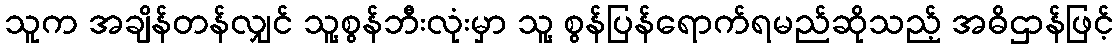
သူက အချိန်တန်လျှင် သူ့စွန်ဘီးလုံးမှာ သူ့ စွန်ပြန်ရောက်ရမည်ဆိုသည့် အဓိဌာန်ဖြင့်